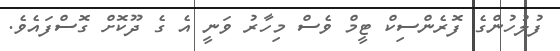
ފުލުހުންގެ ފޮރެންސިކް ޓީމް ވެސް މިހާރު ވަނީ އެ ގެ ދޫކޮށް ގޮސްފައެވެ.